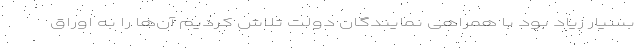
بسیار زیاد بود با همراهی نمایندگان دولت تلاش کردیم آن‌ها را به اوراق